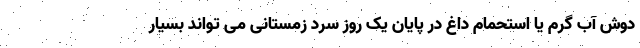
دوش آب گرم یا استحمام داغ در پایان یک روز سرد زمستانی می تواند بسیار